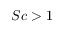
S c > 1